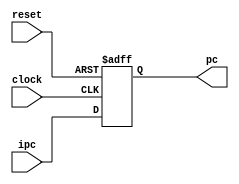
module pc(pc,clock,reset,ipc);
output reg [31:0] pc;
input clock;
input reset;
input [31:0] ipc;

always@(posedge clock,negedge reset)
begin 
  if(!reset)   
      pc<=32'h0000_3000;  
  else  
      pc<=ipc;
end

endmodule


module npc(npc,t,instr_index,offset,a,zero,s);

output reg [31:0] npc;
input [1:0]s;
input [31:0] t;
input [25:0] instr_index;
input [31:0] offset;
input [31:0] a;
input zero;

always@(*)
begin
  case(s)
    2'b00:        
          if(zero==1)
                npc=t+(offset<<2);
          else
                npc=t;
       
    2'b01: npc={t[31:28],instr_index[25:0],2'b00};
    2'b10: npc=a;
    2'b11: npc=t;
  endcase
end
endmodule

module im(instr,pc);

output [31:0] instr;
input [31:0] pc;
reg [31:0] ins_memory[1023:0];
assign instr=ins_memory[pc[11:2]];

endmodule

module gpr(a,b,clock,reg_write,num_write,rs,rt,data_write);
output [31:0] a;  
output [31:0] b;
input clock;
input reg_write;
input [4:0] rs; 
input [4:0] rt; 
input [4:0] num_write; 
input [31:0] data_write; 
reg [31:0] gp_registers[31:0]; 

always@(posedge clock)
begin
  if(reg_write)    
      if(num_write!=0)
          gp_registers[num_write]<=data_write;          
end

assign a = (rs == 0) ? 32'd0 : gp_registers[rs];
assign b = (rt == 0) ? 32'd0 : gp_registers[rt];

endmodule


module dm(data_out,clock,mem_write,address,data_in); 

output [31:0] data_out; 
input clock;
input mem_write;
input [31:0] address;
input [31:0] data_in;
reg [31:0] data_memory[1023:0]; 

assign data_out=data_memory[address[11:2]];

always@(posedge clock)
begin
    if(mem_write)
        data_memory[address[11:2]]<=data_in ;   
end

endmodule


module ctrl(snpc,regdst,aluscr,extiop,mem_write,mem2reg,reg_write,aluop,op,funct);
output reg reg_write;
output reg [1:0] regdst;
output reg aluscr;
output reg [4:0] aluop;
output reg extiop;
output reg mem_write;
output reg [1:0] mem2reg;
output reg [1:0] snpc;
input [5:0] op;
input [5:0] funct; 

always@(*)
begin
{aluop,reg_write,regdst,aluscr,extiop,mem_write,mem2reg,snpc}={5'b00000,1'b1,2'b01,1'b0,1'b0,1'b0,2'b01,2'b11};
  case(op)
    6'b000000:
     begin
        case(funct)
            6'b100001: {aluop,reg_write}= {5'b00000,1'b1};
            6'b100011: {aluop,reg_write}= {5'b00001,1'b1};
            6'b100000: {aluop,reg_write}= {5'b00010,1'b1};
            6'b100100: {aluop,reg_write}= {5'b00011,1'b1};
            6'b100101: {aluop,reg_write}= {5'b00100,1'b1};
            6'b101010: {aluop,reg_write}= {5'b00101,1'b1};
            6'b001000: snpc=2'b10;
        endcase
     end
    6'b001000: {aluop,regdst,aluscr,extiop}={5'b00110,2'b00,1'b1,1'b1};
    6'b001001: {aluop,regdst,aluscr,extiop}={5'b00111,2'b00,1'b1,1'b1};
    6'b001100: {aluop,regdst,aluscr}={5'b01000,2'b00,1'b1};
    6'b001101: {aluop,regdst,aluscr}={5'b01001,2'b00,1'b1};
    6'b001111: {aluop,regdst,aluscr}={5'b01010,2'b00,1'b1};
    6'b101011: {aluop,regdst,reg_write,aluscr,extiop,mem_write}={5'b00110,2'b00,1'b0,1'b1,1'b1,1'b1};
    6'b100011: {aluop,regdst,reg_write,aluscr,extiop,mem2reg}={5'b00110,2'b00,1'b1,1'b1,1'b1,2'b10};
    6'b000100: {aluop,reg_write,aluscr,extiop,snpc}={5'b00001,1'b0,1'b0,1'b1,2'b00};
    6'b000010: {reg_write,snpc}={1'b0,2'b01};
    6'b000011: {mem2reg,snpc,regdst}={2'b00,2'b01,2'b10};
  endcase
end


endmodule

module alu(zero,c,a,b,aluop);



output reg [31:0] c;
output zero;

input [31:0] a;
input [4:0] aluop;
input [31:0] b;


always@(*)
begin
  case(aluop)
    5'b00000: c=a+b;
    5'b00001: c=a-b;
    5'b00010: c=a+b;
    5'b00011: c=a&b;
    5'b00100: c=a|b;
    5'b00101: c=((a^32'h80000000)<(b^32'h80000000))? 1:0; 
    5'b00110: c=a+b;
    5'b00111: c=a+b;
    5'b01000: c=a&b;
    5'b01001: c=a|b;
    5'b01010: c=b<<16;
  endcase
end

assign zero=(c==0)? 1:0;

endmodule

module s_cycle_cpu(clock,reset);

input clock;
input reset;

wire [31:0] pc;
wire [31:0] t;
wire [31:0] n_pc;
wire [31:0] instr;
wire reg_write;
wire [1:0] regdst;
wire aluscr;
wire extiop;
wire [1:0] mem2reg;
wire mem_write;
wire [1:0] snpc;
wire zero;

wire [31:0] a,c;
wire [31:0] b;
wire [31:0] alu_b;
wire [4:0] alu_op;
reg [31:0] data_write;
wire [31:0] mem_out;

wire [4:0] rs;
wire [4:0] rt = instr[20:16];
wire [4:0] rd = instr[15:11];
wire [5:0] opcode=instr[31:26];
wire [5:0] funct=instr[5:0];
reg [4:0] num_write;
wire [15:0] ime16=instr[15:0];
wire [31:0] ime32;
wire [25:0] instr_index=instr[25:0];

assign rs = instr[25:21];
assign t=pc+4;

assign alu_b=(aluscr==1)? ime32:b;
assign ime32=(extiop==1)? {{16{ime16[15]}}, ime16}:{{16{1'b0}},ime16};


always@(*)
begin
  case(regdst)
    2'b00: num_write=rt;
    2'b01: num_write=rd;
    2'b10: num_write=5'b11111;
  endcase
end

always@(*)
begin
  case(mem2reg)
    2'b00: data_write=t;
    2'b01: data_write=c;
    2'b10: data_write=mem_out;
  endcase
end

pc PC(pc,clock,reset,n_pc);
im IM(instr,pc);
gpr GPR(a,b,clock,reg_write,num_write,rs,rt,data_write);
alu ALU(zero,c,a,alu_b,alu_op);
ctrl CTRL(snpc,regdst,aluscr,extiop,mem_write,mem2reg,reg_write,alu_op,opcode,funct);
dm DM(mem_out,clock,mem_write,c,b);
npc NPC(n_pc,t,instr_index,ime32,a,zero,snpc);

endmodule